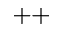
^ { + + }